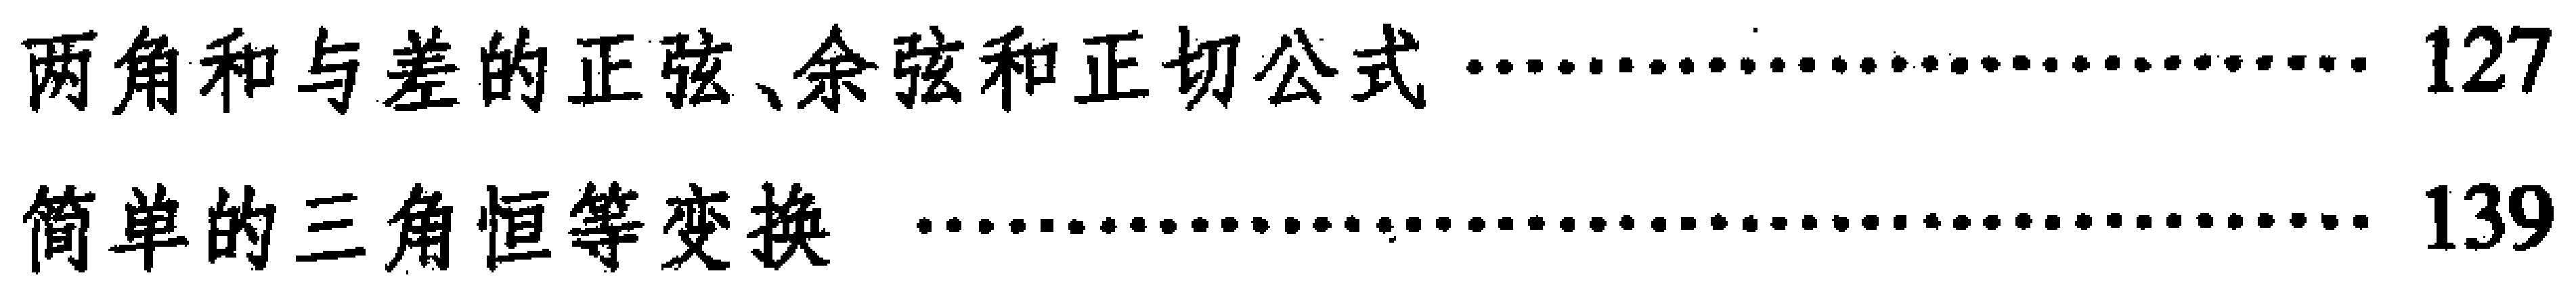
两角和与差的正弦、余弦和正切公式 \hfill 127\\
简单的三角恒等变换 \hfill 139